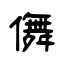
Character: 儛